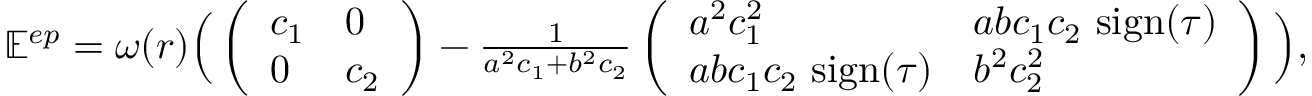
\begin{array} { r } { \mathbb E ^ { e p } = \omega ( r ) \Big ( \left( \begin{array} { l l } { c _ { 1 } } & { 0 } \\ { 0 } & { c _ { 2 } } \end{array} \right) - \frac { 1 } { a ^ { 2 } c _ { 1 } + b ^ { 2 } c _ { 2 } } \left( \begin{array} { l l } { a ^ { 2 } c _ { 1 } ^ { 2 } } & { a b c _ { 1 } c _ { 2 } \mathrm { ~ s i g n } ( \tau ) } \\ { a b c _ { 1 } c _ { 2 } \mathrm { ~ s i g n } ( \tau ) } & { b ^ { 2 } c _ { 2 } ^ { 2 } } \end{array} \right) \Big ) , } \end{array}